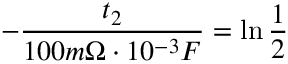
- \frac { t _ { 2 } } { 1 0 0 m \Omega \cdot 1 0 ^ { - 3 } F } = \ln \frac { 1 } { 2 }